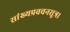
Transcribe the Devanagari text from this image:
सांख्यप्रवचनसूत्र।